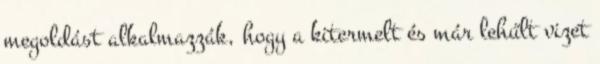
megoldást alkalmazzák, hogy a kitermelt és már lehűlt vizet